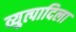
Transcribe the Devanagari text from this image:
व्युत्पादिला